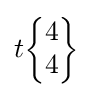
t{\begin{Bmatrix}4\\4\end{Bmatrix}}